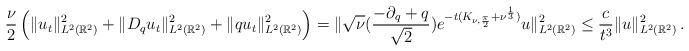
LaTeX: \begin{align*}\frac{\nu}{2}\left(\|u_{t}\|_{L^{2}(\mathbb{R}^{2})}^{2}+\|D_{q}u_{t}\|_{L^{2}(\mathbb{R}^{2})}^{2}+\|qu_{t}\|_{L^{2}(\mathbb{R}^{2})}^{2}\right)=\|\sqrt{\nu}(\frac{-\partial_q+q}{\sqrt{2}})e^{-t(K_{\nu,\frac{\pi}{2}}+\nu^{\frac{1}{3}})}u\|_{L^2(\mathbb{R}^{2})}^{2}\le \frac{c}{t^{3}}\|u\|_{L^{2}(\mathbb{R}^{2})}^{2}\,.\end{align*}